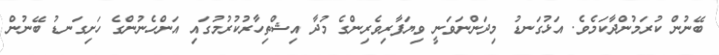
ބޭނުން ކުރަމުންދާކަމެވެ. އަޅުގަނޑު މިދަންނަވަނީ ވިޔަފާރިވެރިންގެ މުދާ އިޝްތިހާރުކުރުމުގައި އަންހެނުންގެ ހަށިގަނޑު ބޭނުން